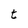
Character: t